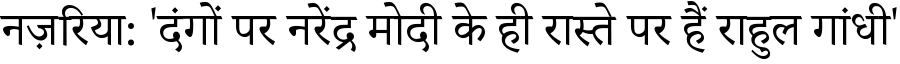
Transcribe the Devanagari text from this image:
नज़रिया: 'दंगों पर नरेंद्र मोदी के ही रास्ते पर हैं राहुल गांधी'